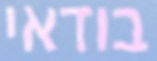
בודאי